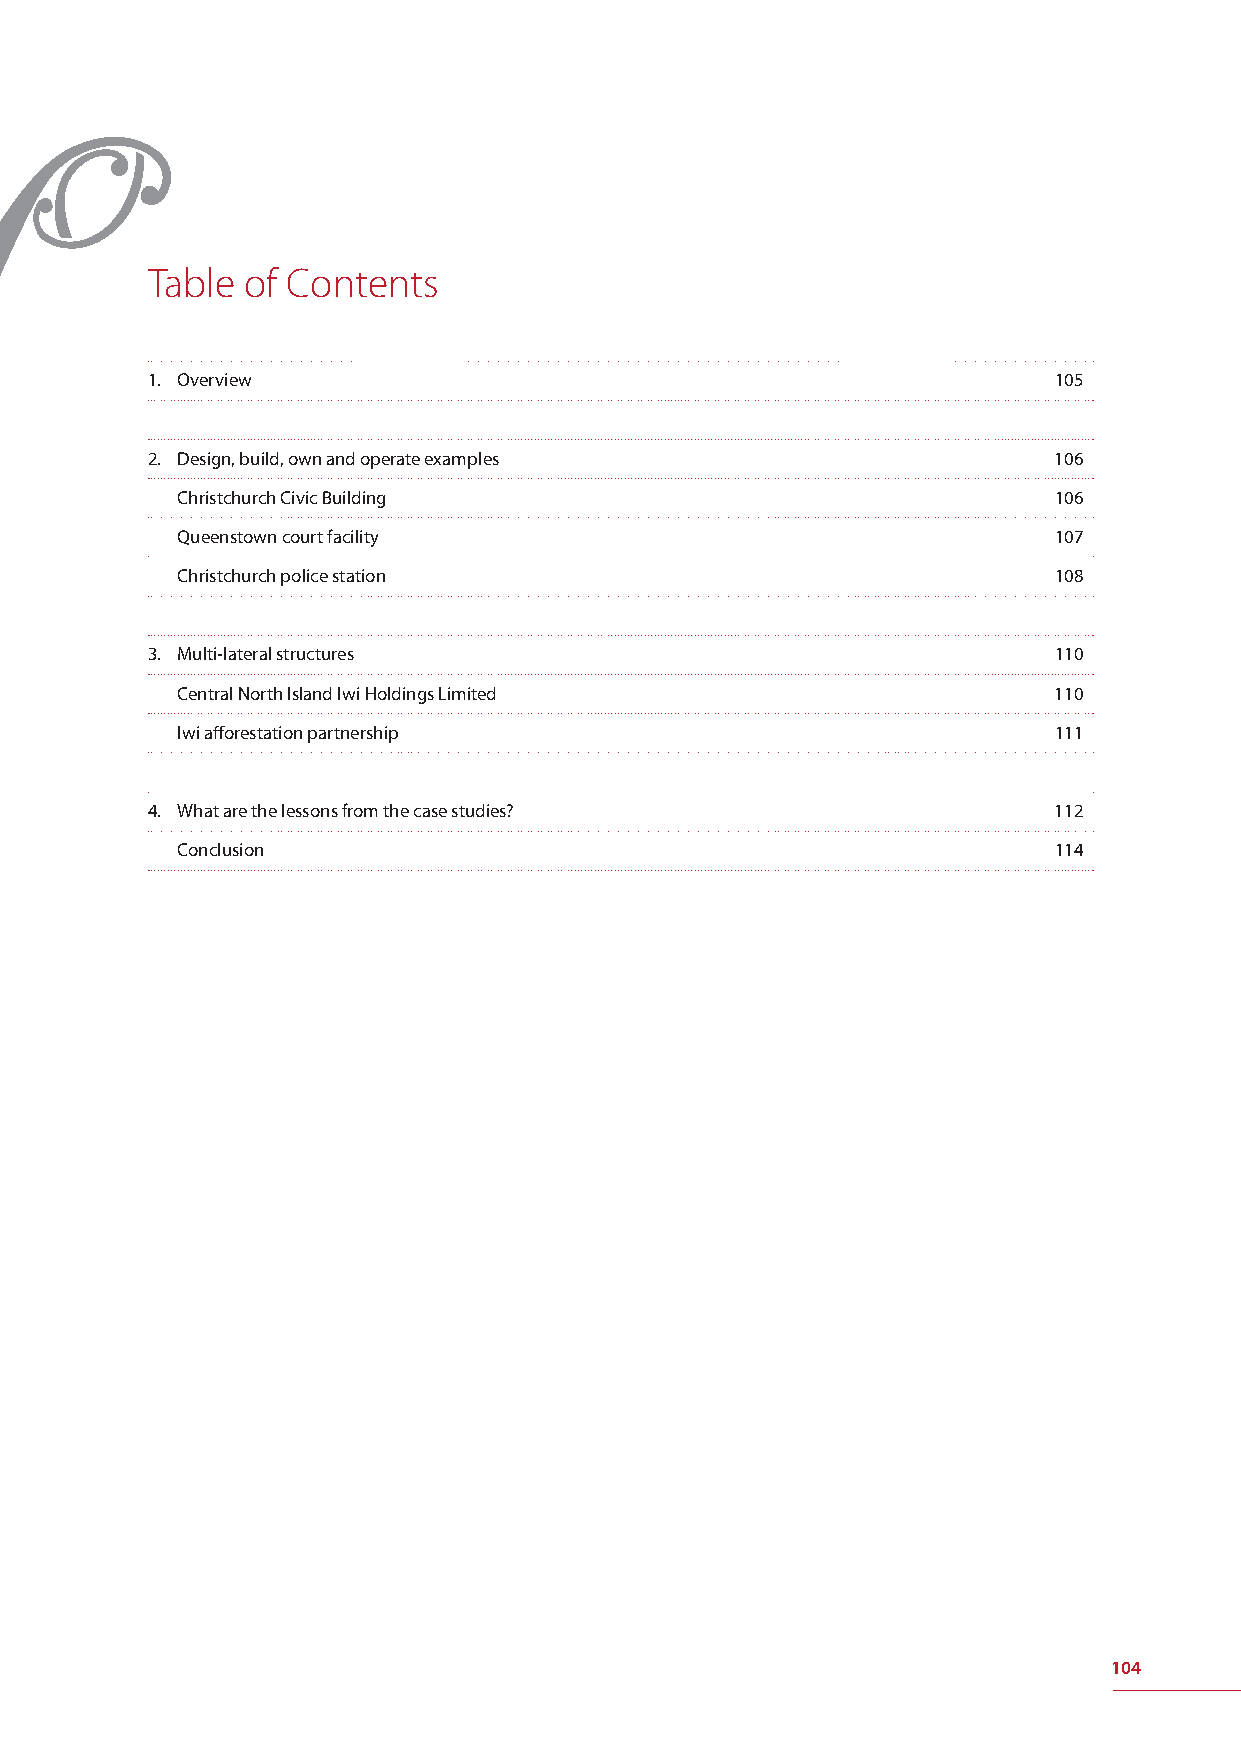
Table of Contents
 1. Overview                                                 105
 2. Design, build, own and operate examples                  106
 Christchurch Civic Building                               106
 Queenstown court facility                                 107
 Christchurch police station                               108
 3. Multi-lateral structures                                 110
 Central North Island Iwi Holdings Limited                 110
 Iwi aff orestation partnership                            111
 4. What are the lessons from the case studies?              112
 Conclusion                                                114
 104